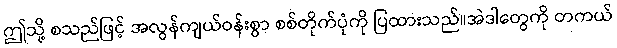
ဤသို့ စသည်ဖြင့် အလွန်ကျယ်ဝန်းစွာ စစ်တိုက်ပုံကို ပြထားသည်။အဲဒါတွေကို တကယ်